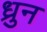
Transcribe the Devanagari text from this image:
ध्रुन